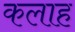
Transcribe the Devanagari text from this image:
कलाह